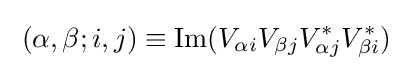
\;(\alpha ,\beta ;i,j)\equiv \operatorname {Im} (V_{\alpha i}V_{\beta j}V_{\alpha j}^{*}V_{\beta i}^{*})\;